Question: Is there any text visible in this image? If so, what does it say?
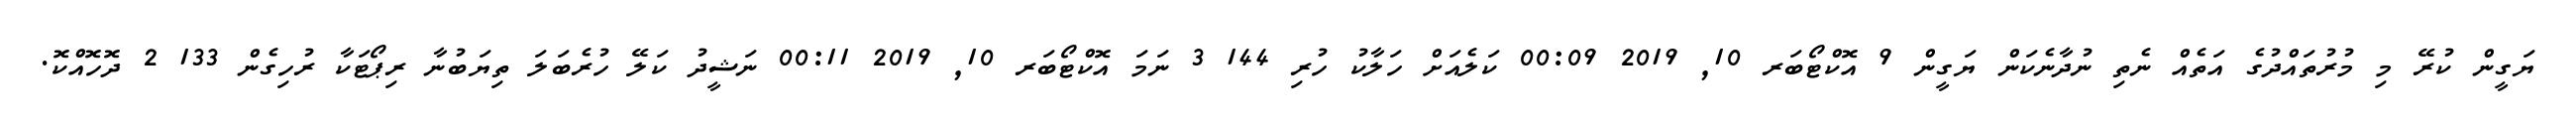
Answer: ޔަގީން ކުރޭ މި މުރުތައްދުގެ އަތެއް ނެތި ނުދާނެކަން ޔަގީން 9 އޮކްޓޯބަރ 10, 2019 00:09 ކަލެއަށް ހަލާކު ހުރި 144 3 ނަމަ އޮކްޓޯބަރ 10, 2019 00:11 ނަޝީދު ކަލޭ ހުރެބަލަ ތިޔަބުނާ ރިޕޯޓަކާ ރުހިގެން 133 2 ދޮހޮއްކޮ.